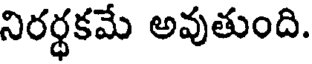
నిరర్థకమే అవుతుంది.